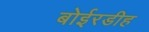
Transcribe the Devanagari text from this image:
बोईरडीह